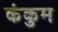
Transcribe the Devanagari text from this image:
कंकुम